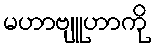
မဟာဗျူဟာကို